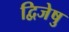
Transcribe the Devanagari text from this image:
द्विजेषु